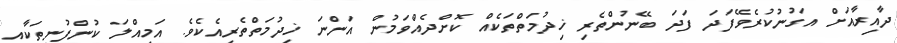
ދާއިރާއަށް އަގުނުކުރެވޭފަދަ ފަދަ ބޭނުންތެރި ޚިދުމަތްތަކެއް ކޮށްދެއްވަމުން އަންނަ ޚިދުމަތްތެރިއެކެވެ. އަމިއްލަ ކުންފުނިތަކާއި